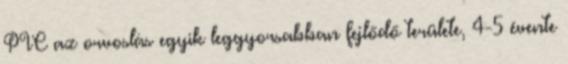
PIC az orvoslás egyik leggyorsabban fejlődő területe, 4-5 évente